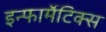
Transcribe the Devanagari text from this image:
इन्फार्मेटिक्स